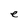
Character: e